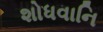
શોધવાનિ